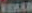
ROHAR